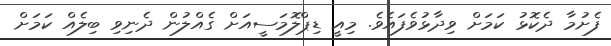
ފެށުމާ ދެކޮޅު ކަމަށް ވިދާޅުވެފައެވެ. މިއީ ޑިޕްލޮމަސީއަށް ގެއްލުން ދެނިވި ބިލެއް ކަމަށް